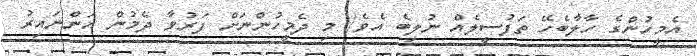
އެމީހުންގެ ހާލާބެހޭ ތަފުސީލެއް ނުލިބެ އެވެ/ މި ދެމީހުންނަށް ފަރުވާ ދެމުން އަންނައިރު